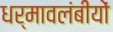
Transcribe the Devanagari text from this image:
धर्मावलंबीयों